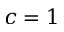
c = 1